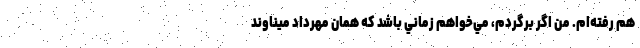
هم رفته‌ام. من اگر برگردم، مي‌خواهم زماني باشد كه همان مهرداد ميناوند